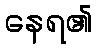
နေရ၏